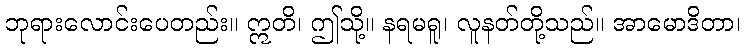
ဘုရားလောင်းပေတည်း။ ဣတိ၊ ဤသို့။ နရမရူ၊ လူနတ်တို့သည်။ အာမောဒိတာ၊